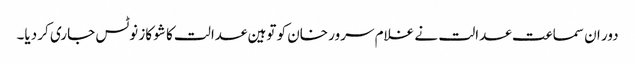
دور ان سماعت عدالت نے غلام سرور خان کو توہین عدالت کا شو کاز نوٹس جاری کر دیا۔